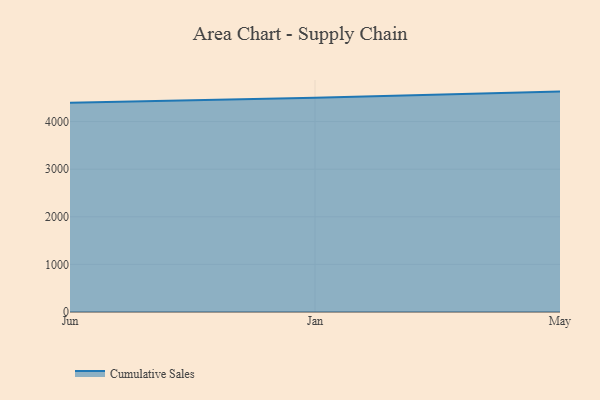
{"axis": {"x": "Month", "y": "Conversion Rate (%)"}, "legend": ["Cumulative Sales"], "data": [{"x": "Jun", "y": 4393.2, "type": "Cumulative Sales"}, {"x": "Jan", "y": 4501.4, "type": "Cumulative Sales"}, {"x": "May", "y": 4629.8, "type": "Cumulative Sales"}]}